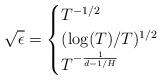
LaTeX: \begin{align*} \sqrt{\epsilon} = \begin{cases} T^{-1/2}& \\ ( \log (T) / T)^{1/2} & \\ T^{-\frac{1}{d-1/H}} & \end{cases}\end{align*}